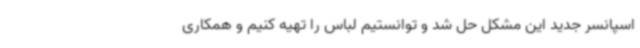
اسپانسر جدید این مشکل حل شد و توانستیم لباس را تهیه کنیم و همکاری